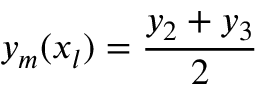
y _ { m } ( x _ { l } ) = \frac { y _ { 2 } + y _ { 3 } } { 2 }